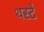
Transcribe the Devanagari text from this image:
थर्स्ट